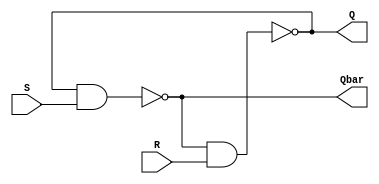
//sr_latch.v
//using nand gates

module sr_latch (
    Q, Qbar, S, R
);

    input S, R;
    output Q, Qbar;

    assign Q = ~(Qbar & R);
    assign Qbar = ~(Q & S);
    
endmodule